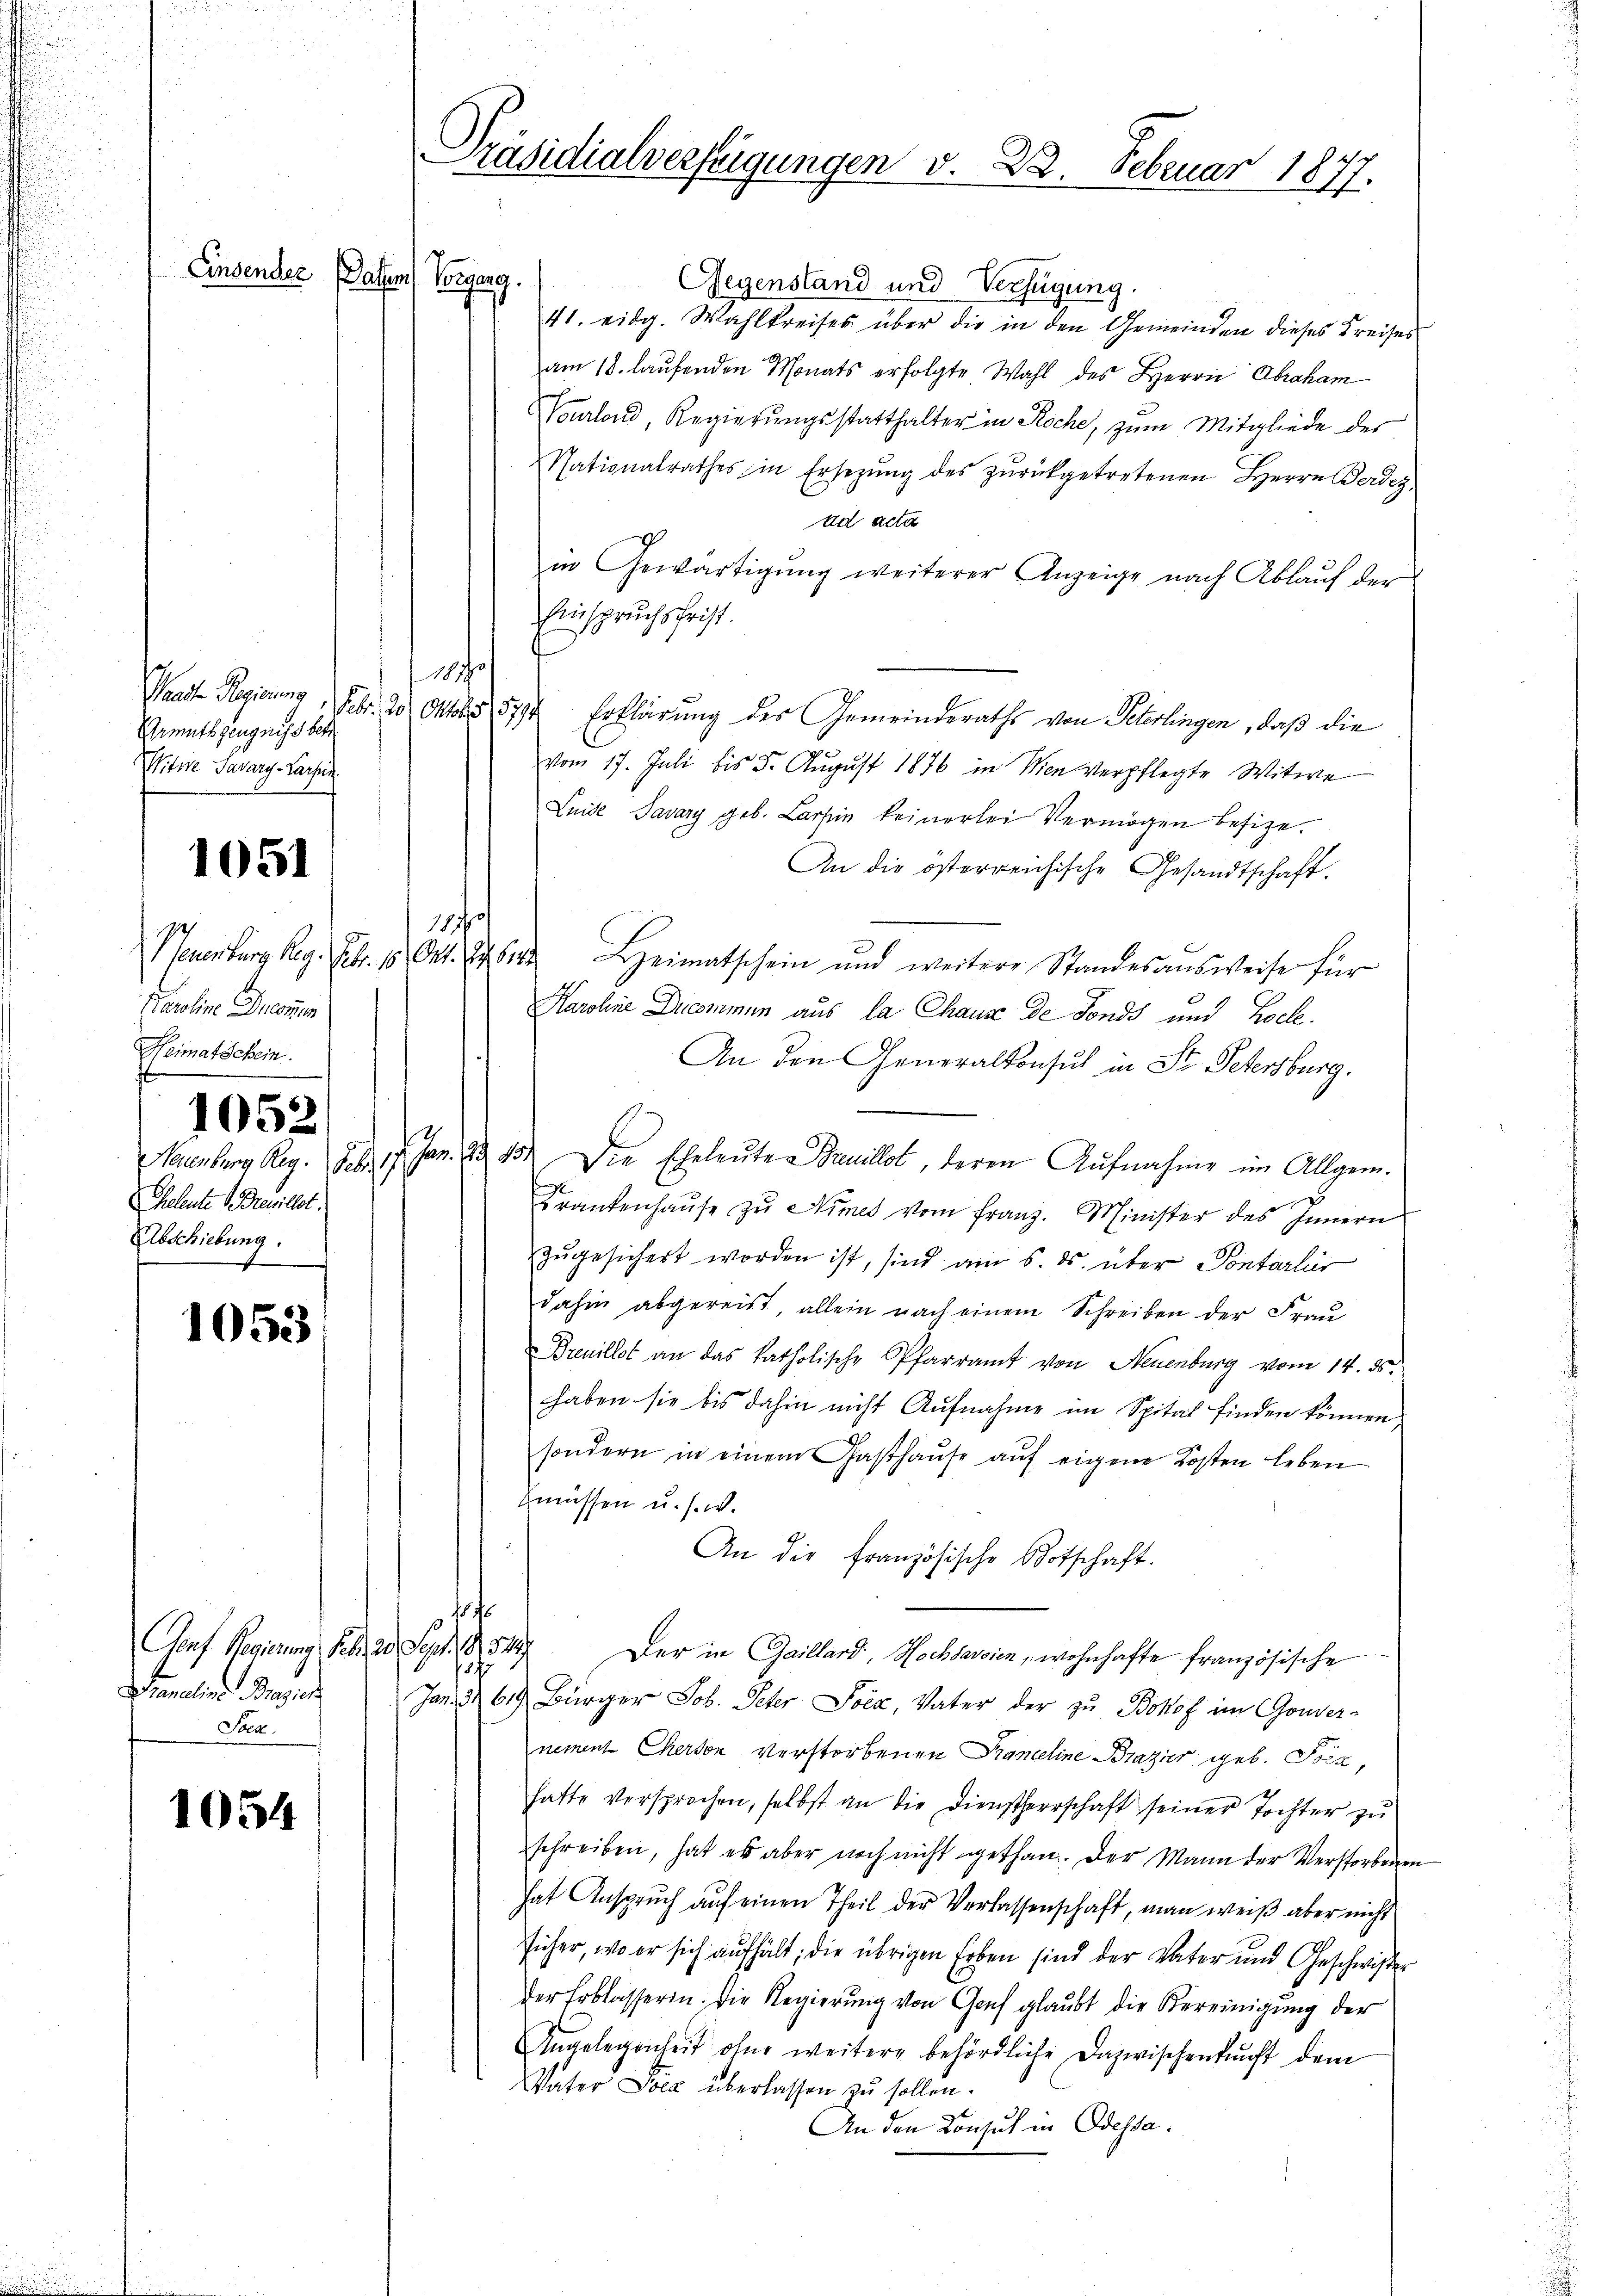
Einsender Paten Vorgang.

Armutszeugniss betr
Witwe Savary-Larfen.

1051

Karoline Ducommen
Heimatschein.
1052
Cheleute renillet.
Abschiebung.

1053

Banaline Brasick
Soek.

1054

Gegenstand und Verfügung.
41. eidg. Wahlkreises über die in den Gemeinden dieses Kreises
am 18. laufenden Monats erfolgte Wahl des Herrn Abraham
Vourlond, Regierungsstatthalter in Roche, zum Mitgliede des
Nationalrathes in Ersezŭng des zŭrückgetretenen Herrn Berdez
ad acta
in Gewärtigŭng weiterer Anzeige nach Ablaŭf der
Einspruchsfrist.
1890
Waadt Regierung Febr. 20. Oktober 1879 Erklärung der Gemeinderaths von Peterlingen, daß die
vom 17. Juli bis 5. August 1876 in Wien verpflegte Witwe
Luide Savary geb. Larhin keinerlei Vermögen besize.
An die österreichische Gesandtschaft.
117
Peuenburg Reg. Febr. 15 Okt. 1614 Heimatschein und weitere Standesausweise für
Karoline Dicommen aus la Chause de Fonds und Locke.
An den Generalkonsul in St. Petersburg.
Neuenburg Reg. Febr. 17. Jan. 13. 10. Die Eheleuten Dauilot, deren Aufnahme im Allgem.
e
Krankenhaŭse zŭ Nimes vom franz. Minister des Innern
zŭgesichert worden ist, sind am 5. ds. über Sontarlier
dahin abgereist, allein nach einem Schreiben der Frau
Breuillet an das katholische Pfarramt von Neuenburg vom 14. ds.
haben sie bis dahin nicht Aufnahme im Spital finden können.
sondern in einem Gasthaŭse aŭf eigene Kosten leben
Emüssen u. s. w.
An die Französische Botschaft.

Gorf Regierung Febr. 20. Sept. 1854
Der in Gaillard, Hochsarsien, wohnhafte französische
1875
Jan. 3 619 Bürger Job. Peter Pock, Vater der zu Bokof im Gouver-
nement Cherson verstorbenen Pranceline Brazier geb. Porz
hatte versprochen, selbst an die Dienstherrschaft seiner Tochter zu
schreiben, hat es aber noch nicht gethan. Der Mann der Verstorbenen
hat Anspruch auf einen Theil der Verlassenschaft, man weiß aber nicht
füher, wo er sich aufhält; die übrigen Erben sind der Vater und Geschwister
der Erblasserin. Die Regierung von Genf glaubt die Vereinigung der
Angelegenheit ohne weitere behördliche Dazwischenkunft dem
Vater Poca überlassen zu sollen.
An den Konsul in Odessa.

Präsidialverfeigungen v. 22. Februar 1877.